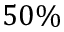
5 0 \%